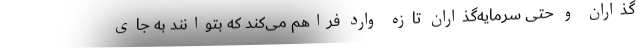
‌گذاران و حتی سرمایه‌گذاران تازه وارد فراهم می‌کند که بتوانند به جای